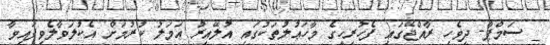
_ ސަމްޕާ- ދިވެހި ރާއްޖޭގައި ފެހުރިހީގެ މާހަޢުލުތަކުގައި އުލޭއިރު ޢަމަލު ކުރުމަށް އެކުލަވާލެވިފައިވާ